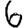
Digit: 6